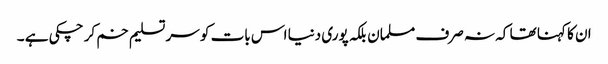
ان کا کہنا تھا کہ نہ صرف مسلمان بلکہ پوری دنیا اس بات کو سر تسلیم خم کر چکی ہے ۔